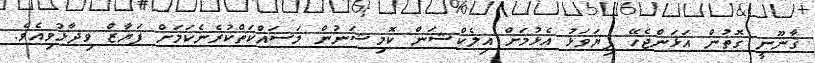
ޤާނޫނީ ގޮތުން އަޅަންޖެހޭ ފިޔަވަޅު އެޅުމަށް އިލެކްޝަން ކޮމިޝަނުން މަސައްކަތްކުރެނެކަމަށް ފަޔާޒް ވިދާޅުވިއެވެ.